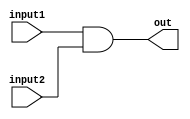
/*
    Modulo que realiza la operacion and entre dos numeros de
    N-bits. El parametro  es el numero de bits de los inputs
*/
module ALUand(input1, input2, out);

    parameter N=3;
    //Input ports
    input[N:0] input1;
    input[N:0] input2;

    //Output ports
    output[N:0] out;
    assign out= input1 & input2;

endmodule